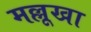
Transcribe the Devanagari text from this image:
मल्लूखा